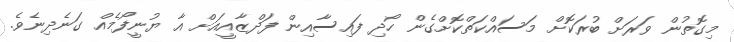
މިގޮތުން ވަރަށް ބުރަކޮށް މަސައްކަތްކޮށްގެން ހޯދި ފައިސާއިން ފަދްޒާއީއަށް އާ ޔުނީފޯމެއް ގަނެދިނެވެ.